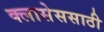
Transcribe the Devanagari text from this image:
क्लासेससाठी